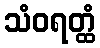
သံဝရတ္ထံ